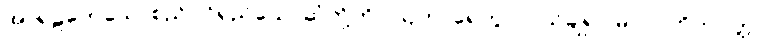
အာရုဠကေသေ၊ စည်ပင်ရှည်သောဆံတို့ကို။ ဩဟာရေတွာ၊ ပယ်ချ၍။ မလဂ္ဂဟိတပတ္တာ၊